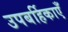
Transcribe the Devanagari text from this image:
उपबर्हिकाएँ